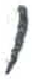
אות: ו